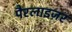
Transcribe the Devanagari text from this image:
पैरलाइज़र